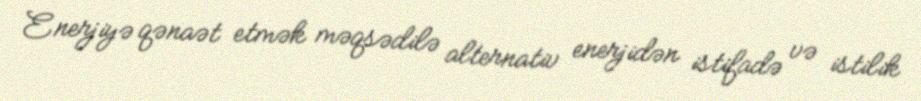
Enerjiyə qənaət etmək məqsədilə alternativ enerjidən istifadə və istilik